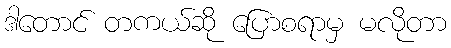
ဒါတောင် တကယ်ဆို ပြောစရာမှ မလိုတာ